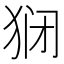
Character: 𬌱